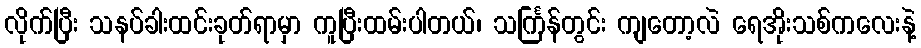
လိုက်ပြီး သနပ်ခါးထင်းခုတ်ရာမှာ ကူပြီးထမ်းပါတယ်၊ သင်္ကြန်တွင်း ကျတော့လဲ ရေအိုးသစ်ကလေးနဲ့